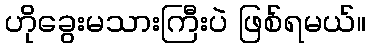
ဟိုခွေးမသားကြီးပဲ ဖြစ်ရမယ်။